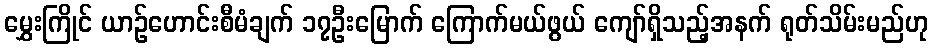
မွှေးကြိုင် ယာဉ်ဟောင်းစီမံချက် ၁၇ဦးမြောက် ကြောက်မယ်ဖွယ် ကျော်ရှိသည့်အနက် ရုတ်သိမ်းမည်ဟု